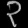
Digit: ၃